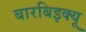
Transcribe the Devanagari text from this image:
बारबिइक्यू